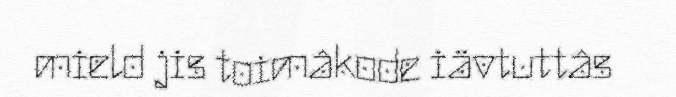
mield jis toimâkode iävtuttâs